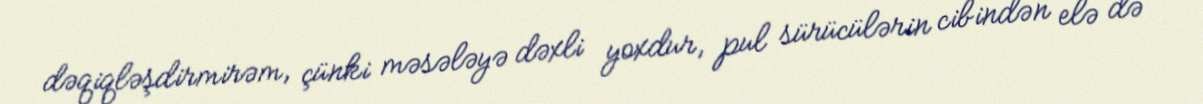
dəqiqləşdirmirəm, çünki məsələyə dəxli yoxdur, pul sürücülərin cibindən elə də